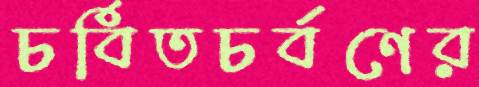
চর্বিতচর্বণের